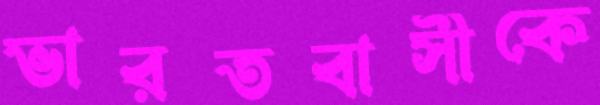
ভারতবাসীকে